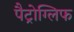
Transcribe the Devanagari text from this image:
पैट्रोग्लिफ